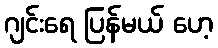
ဂျင်းရေ ပြန်မယ် ဟေ့